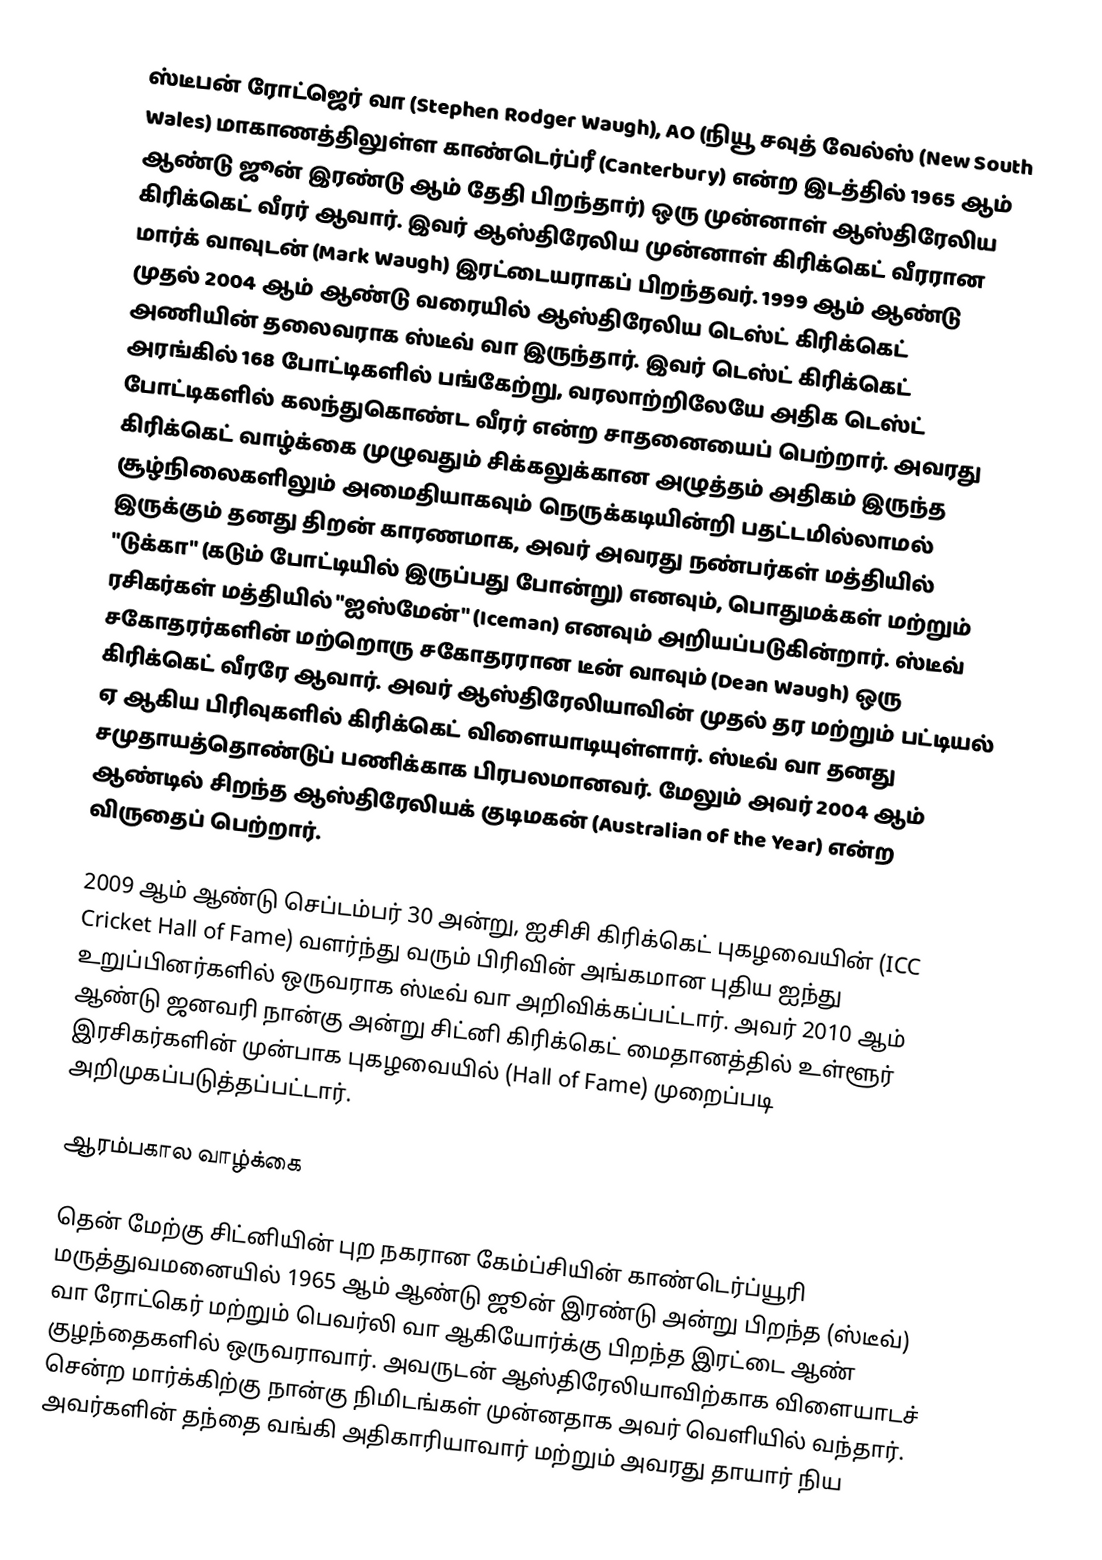
ஸ்டீபன் ரோட்ஜெர் வா (Stephen Rodger Waugh), AO (நியூ சவுத் வேல்ஸ் (New South Wales) மாகாணத்திலுள்ள காண்டெர்ப்ரீ (Canterbury) என்ற இடத்தில் 1965 ஆம் ஆண்டு ஜூன் இரண்டு ஆம் தேதி பிறந்தார்) ஒரு முன்னாள் ஆஸ்திரேலிய கிரிக்கெட் வீரர் ஆவார். இவர் ஆஸ்திரேலிய முன்னாள் கிரிக்கெட் வீரரான மார்க் வாவுடன் (Mark Waugh) இரட்டையராகப் பிறந்தவர். 1999 ஆம் ஆண்டு முதல் 2004 ஆம் ஆண்டு வரையில் ஆஸ்திரேலிய டெஸ்ட் கிரிக்கெட் அணியின் தலைவராக ஸ்டீவ் வா இருந்தார். இவர் டெஸ்ட் கிரிக்கெட் அரங்கில் 168 போட்டிகளில் பங்கேற்று, வரலாற்றிலேயே அதிக டெஸ்ட் போட்டிகளில் கலந்துகொண்ட வீரர் என்ற சாதனையைப் பெற்றார். அவரது கிரிக்கெட் வாழ்க்கை முழுவதும் சிக்கலுக்கான அழுத்தம் அதிகம் இருந்த சூழ்நிலைகளிலும் அமைதியாகவும் நெருக்கடியின்றி பதட்டமில்லாமல் இருக்கும் தனது திறன் காரணமாக, அவர் அவரது நண்பர்கள் மத்தியில் "டுக்கா" (கடும் போட்டியில் இருப்பது போன்று) எனவும், பொதுமக்கள் மற்றும் ரசிகர்கள் மத்தியில் "ஐஸ்மேன்" (Iceman) எனவும் அறியப்படுகின்றார். ஸ்டீவ் சகோதரர்களின் மற்றொரு சகோதரரான டீன் வாவும் (Dean Waugh) ஒரு கிரிக்கெட் வீரரே ஆவார். அவர் ஆஸ்திரேலியாவின் முதல் தர மற்றும் பட்டியல் ஏ ஆகிய பிரிவுகளில் கிரிக்கெட் விளையாடியுள்ளார். ஸ்டீவ் வா தனது சமுதாயத்தொண்டுப் பணிக்காக பிரபலமானவர். மேலும் அவர் 2004 ஆம் ஆண்டில் சிறந்த ஆஸ்திரேலியக் குடிமகன் (Australian of the Year) என்ற விருதைப் பெற்றார்.

2009 ஆம் ஆண்டு செப்டம்பர் 30 அன்று, ஐசிசி கிரிக்கெட் புகழவையின் (ICC Cricket Hall of Fame) வளர்ந்து வரும் பிரிவின் அங்கமான புதிய ஐந்து உறுப்பினர்களில் ஒருவராக ஸ்டீவ் வா அறிவிக்கப்பட்டார். அவர் 2010 ஆம் ஆண்டு ஜனவரி நான்கு அன்று சிட்னி கிரிக்கெட் மைதானத்தில் உள்ளூர் இரசிகர்களின் முன்பாக புகழவையில் (Hall of Fame) முறைப்படி அறிமுகப்படுத்தப்பட்டார்.

ஆரம்பகால வாழ்க்கை

தென் மேற்கு சிட்னியின் புற நகரான கேம்ப்சியின் காண்டெர்ப்யூரி மருத்துவமனையில் 1965 ஆம் ஆண்டு ஜூன் இரண்டு அன்று பிறந்த (ஸ்டீவ்) வா ரோட்கெர் மற்றும் பெவர்லி வா ஆகியோர்க்கு பிறந்த இரட்டை ஆண் குழந்தைகளில் ஒருவராவார். அவருடன் ஆஸ்திரேலியாவிற்காக விளையாடச் சென்ற மார்க்கிற்கு நான்கு நிமிடங்கள் முன்னதாக அவர் வெளியில் வந்தார். அவர்களின் தந்தை வங்கி அதிகாரியாவார் மற்றும் அவரது தாயார் நிய